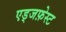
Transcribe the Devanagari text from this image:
एड्जफ़ेस्ट